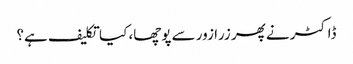
ڈاکٹر نے پھر زرا زور سے پوچھا، کیا تکلیف ہے؟